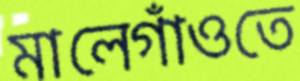
মালেগাঁওতে